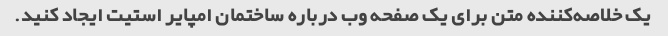
یک خلاصه‌کننده متن برای یک صفحه وب درباره ساختمان امپایر استیت ایجاد کنید.